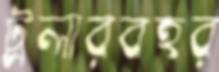
ট্রলারবহর